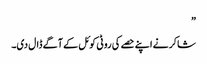
”
شاکر نے اپنے حصے کی روٹی کوئل کے آگے ڈال دی۔